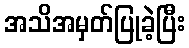
အသိအမှတ်ပြုခဲ့ပြီး